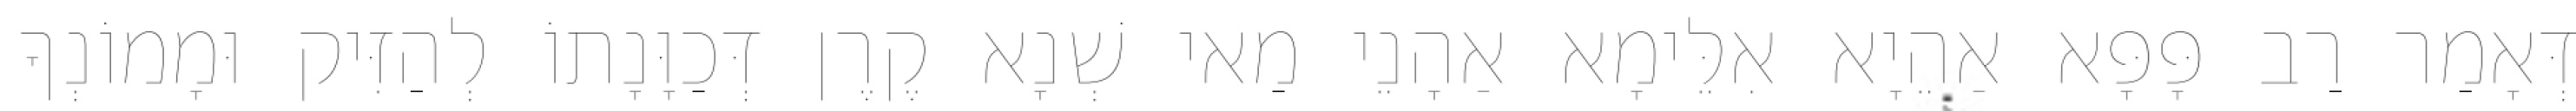
דְּאָמַר רַב פָּפָּא אַהֵיָא אִלֵּימָא אַהָנֵי מַאי שְׁנָא קֶרֶן דְּכַוָּנָתוֹ לְהַזִּיק וּמָמוֹנְךָ